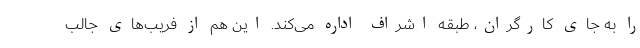
را به جای کارگران، طبقه اشراف اداره می‌کند. این هم از فریب‌های جالب